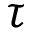
\tau